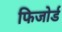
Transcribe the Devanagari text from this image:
फिजोर्ड